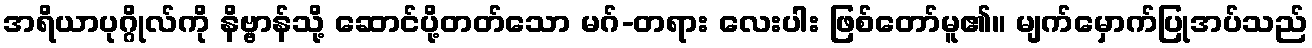
အရိယာပုဂ္ဂိုလ်ကို နိဗ္ဗာန်သို့ ဆောင်ပို့တတ်သော မဂ်-တရား လေးပါး ဖြစ်တော်မူ၏။ မျက်မှောက်ပြုအပ်သည်